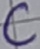
Text: C